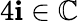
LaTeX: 4\mathbf{i}\in\mathbb{{C}}